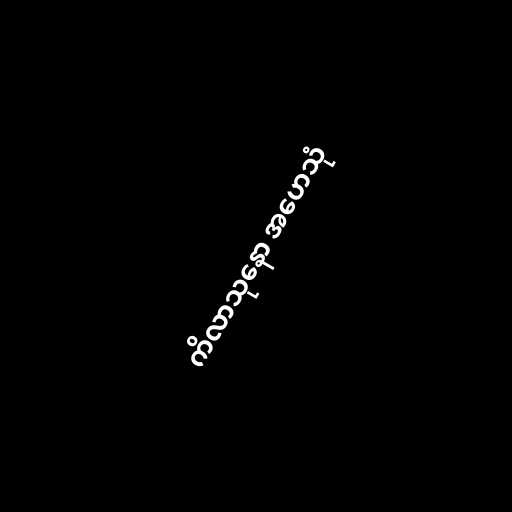
ကိလာသုနော အဟေသုံ